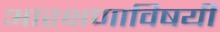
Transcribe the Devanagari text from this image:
आरक्षणाविषयी